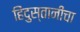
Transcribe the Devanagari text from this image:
हिंदुस्तानीचा